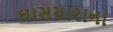
ઘાસચારાના